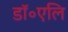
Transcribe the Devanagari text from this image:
डॉ॰एलि